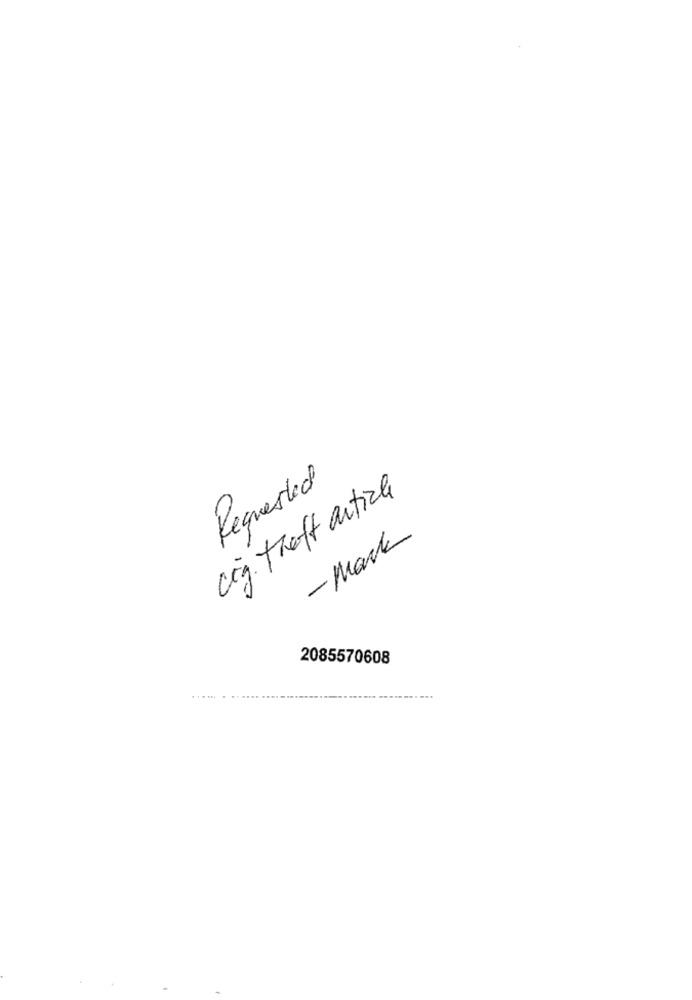
Requested
cig. theft article
- Mark
2085570608